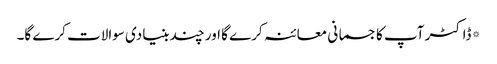
*ڈاکٹر آپ کا جسمانی معائنہ کرے گا اور چند بنیادی سوالات کرے گا۔